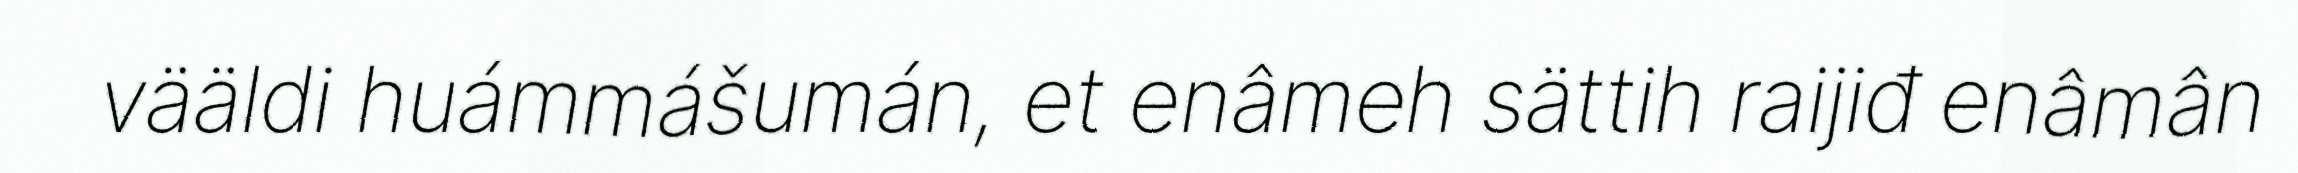
vääldi huámmášumán, et enâmeh sättih raijiđ enâmân